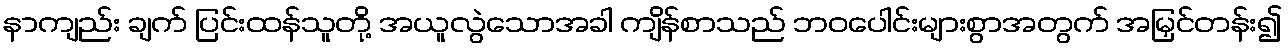
နာကျည်း ချက် ပြင်းထန်သူတို့ အယူလွဲသောအခါ ကျိန်စာသည် ဘဝပေါင်းများစွာအတွက် အမြှင်တန်း၍